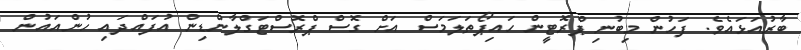
ބާރުއަޅައެވެ. ފަހުން މިބުނި ޕްރޮޓީން ހައިޕޯތަލަމަސް އަށް ގޮސް ޕްރޮސްޓަގްލާންޑިން އުފައްދައި ހުންއައުން